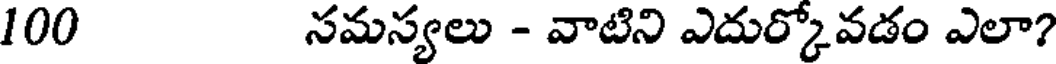
100 సమస్యలు - వాటిని ఎదుర్కోవడం ఎలా?